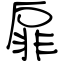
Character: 扉